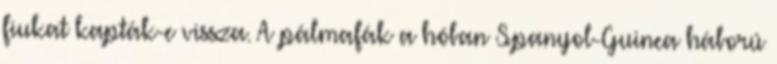
fiukat kapták-e vissza. A pálmafák a hóban Spanyol-Guinea háború